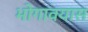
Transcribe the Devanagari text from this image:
भोगावयास